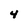
Character: 4